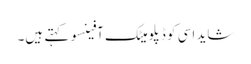
شاید اسی کو ڈپلومیٹک آفینسو کہتے ہیں۔